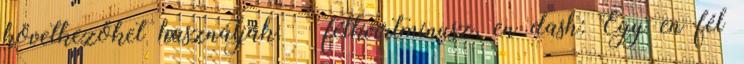
következőket használják: – félkvirtmínusz, en dash: Egy en fél